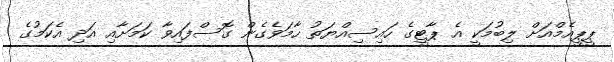
ޕީޕީއެމްއަށް ލިބުމަކީ އެ ޕާޓީގެ ހައިސިއްޔަތު ހާމަވެގެން ގޮސްފައިވާ ކަމަށާއި އަދި އެކަމުގެ